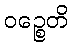
ဝဉ္စေတိ